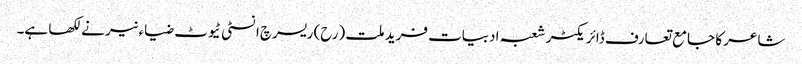
شاعر کا جامع تعارف ڈائریکٹر شعبہ ادبیات فرید ملت (رح) ریسرچ انسٹی ٹیوٹ ضیاء نیر نے لکھا ہے۔